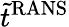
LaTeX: \tilde{t}^{\mathrm{RANS}}